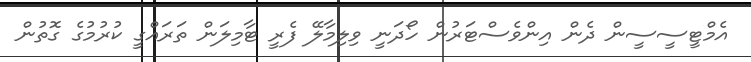
އެމްޓީސީސީން ދެން އިންވެސްޓަރުން ހޯދަނީ ވިލިމާލޭ ފެރީ ޓާމިލަން ތަރައްގީ ކުރުމުގެ ގޮތުން